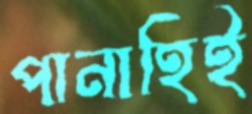
পানাহিই